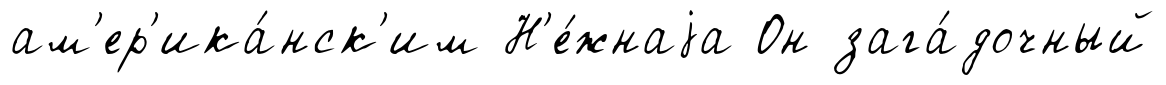
ам'ер'ика́нск'им Н'е́жнаjа Он зага́дочный